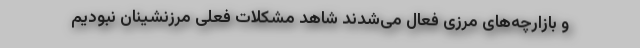
و بازارچه‌های مرزی فعال می‌شدند شاهد مشکلات فعلی مرزنشینان نبودیم